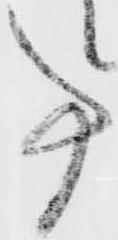
事